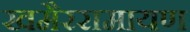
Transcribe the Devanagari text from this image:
खमैररामायण